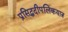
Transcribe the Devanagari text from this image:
प्रसिद्धदीपलिकयात्र